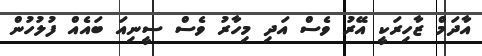
އާދަމް ޒާހިރަކީ އޭރު ވެސް އަދި މިހާރު ވެސް ސީނިއަ ބައެއް ފުލުހުން